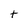
Character: t